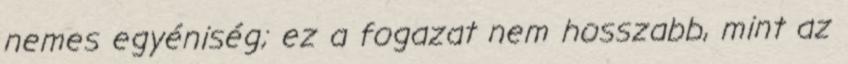
nemes egyéniség; ez a fogazat nem hosszabb, mint az